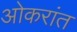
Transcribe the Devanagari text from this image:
ओकरांत